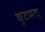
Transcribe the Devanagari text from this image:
घुटमळु